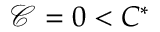
\mathcal { C } = 0 < C ^ { \ast }